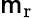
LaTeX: \mathsf{m}_{\mathrm{{r}}}